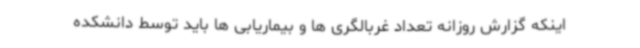
اینکه گزارش روزانه تعداد غربالگری ها و بیماریابی ها باید توسط دانشکده